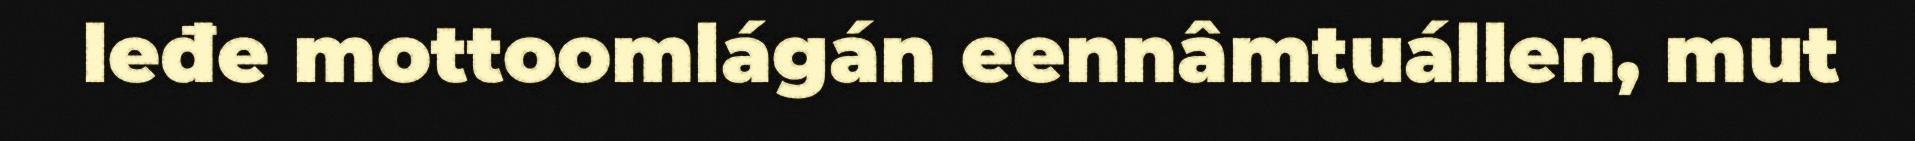
leđe mottoomlágán eennâmtuállen, mut